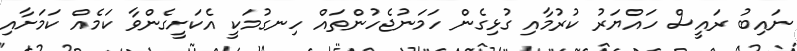
ނައިބު ރައީސް ހައްޔަރު ކުރުމާއި ގުޅިގެން ހަމަނުޖެހުންތައް ހިނގުމަކީ އެކަށީގެންވާ ކަމެއް ކަމަށާއި